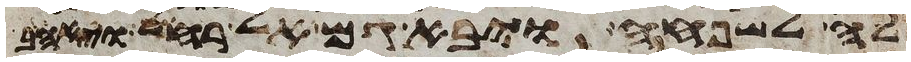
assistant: לה לשפחה ויבא גם אל רחל ויאהב